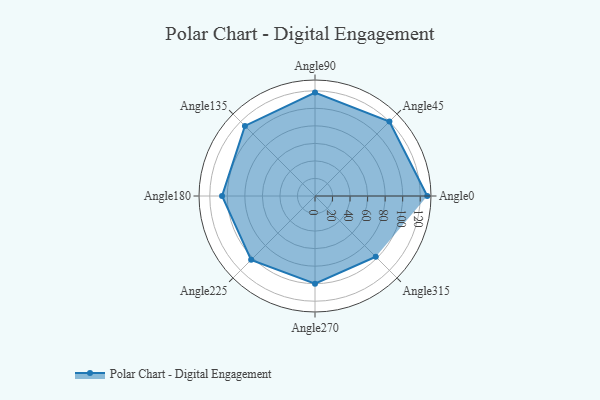
{"axis": {"x": "Angle", "y": "Radius"}, "legend": [""], "data": [{"x": "Angle0", "y": 128.0, "type": ""}, {"x": "Angle45", "y": 120.0, "type": ""}, {"x": "Angle90", "y": 118.0, "type": ""}, {"x": "Angle135", "y": 113.0, "type": ""}, {"x": "Angle180", "y": 106.0, "type": ""}, {"x": "Angle225", "y": 103.0, "type": ""}, {"x": "Angle270", "y": 100.0, "type": ""}, {"x": "Angle315", "y": 98.0, "type": ""}]}